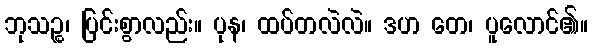
ဘုသဉ္စ၊ ပြင်းစွာလည်း။ ပုန၊ ထပ်တလဲလဲ။ ဒဟ တေ၊ ပူလောင်၏။